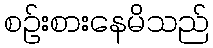
စဉ်းစားနေမိသည်